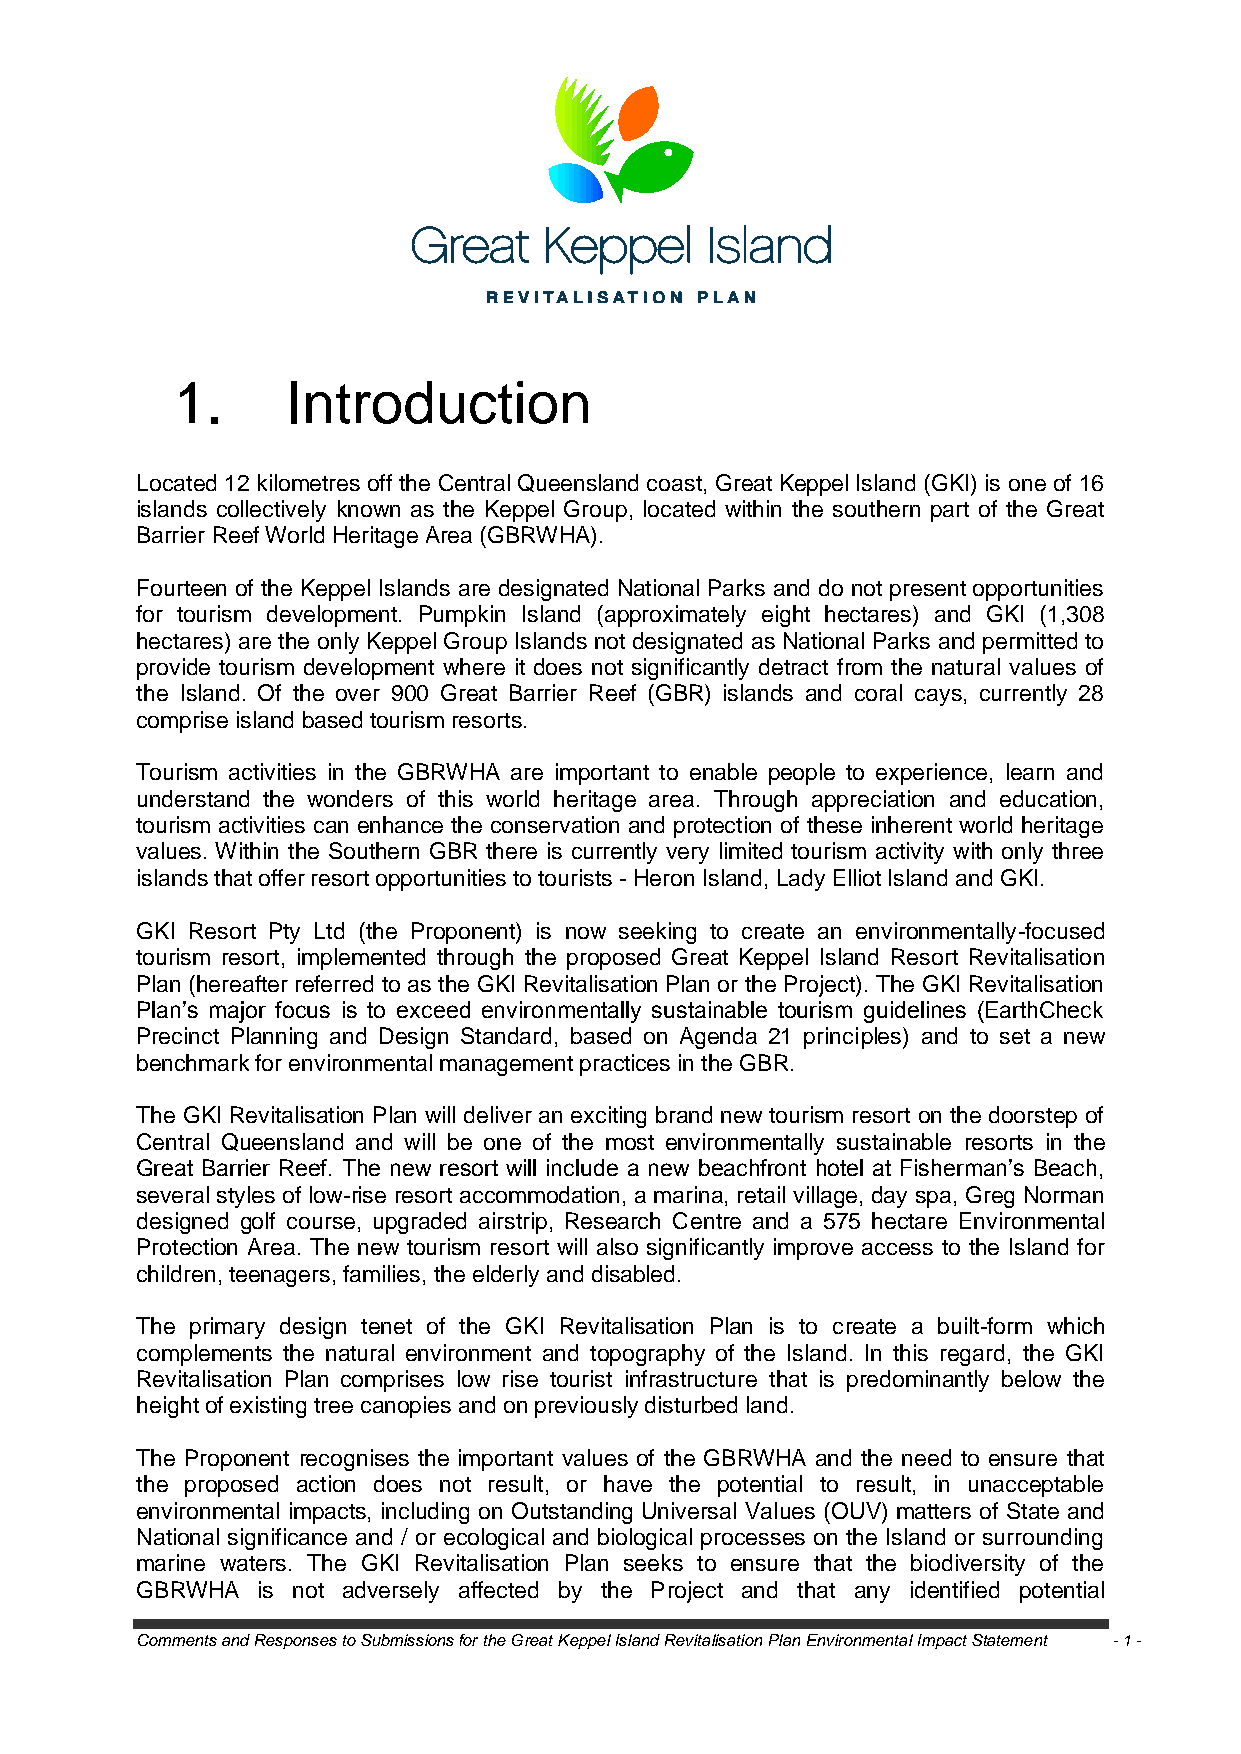
1.      Introduction
 Located 12 kilometres off the Central Queensland coast, Great Keppel Island (GKI) is one of 16
 islands collectively known as the Keppel Group, located within the southern part of the Great
 Barrier Reef World Heritage Area (GBRWHA).
 Fourteen of the Keppel Islands are designated National Parks and do not present opportunities
 for tourism development. Pumpkin Island (approximately eight hectares) and GKI (1,308
 hectares) are the only Keppel Group Islands not designated as National Parks and permitted to
 provide tourism development where it does not significantly detract from the natural values of
 the Island. Of the over 900 Great Barrier Reef (GBR) islands and coral cays, currently 28
 comprise island based tourism resorts.
 Tourism activities in the GBRWHA are important to enable people to experience, learn and
 understand the wonders of this world heritage area. Through appreciation and education,
 tourism activities can enhance the conservation and protection of these inherent world heritage
 values. Within the Southern GBR there is currently very limited tourism activity with only three
 islands that offer resort opportunities to tourists - Heron Island, Lady Elliot Island and GKI.
 GKI Resort Pty Ltd (the Proponent) is now seeking to create an environmentally-focused
 tourism resort, implemented through the proposed Great Keppel Island Resort Revitalisation
 Plan (hereafter referred to as the GKI Revitalisation Plan or the Project). The GKI Revitalisation
 Plan‘s major focus is to exceed environmentally sustainable tourism guidelines (EarthCheck
 Precinct Planning and Design Standard, based on Agenda 21 principles) and to set a new
 benchmark for environmental management practices in the GBR.
 The GKI Revitalisation Plan will deliver an exciting brand new tourism resort on the doorstep of
 Central Queensland and will be one of the most environmentally sustainable resorts in the
 Great Barrier Reef. The new resort will include a new beachfront hotel at Fisherman‘s Beach,
 several styles of low-rise resort accommodation, a marina, retail village, day spa, Greg Norman
 designed golf course, upgraded airstrip, Research Centre and a 575 hectare Environmental
 Protection Area. The new tourism resort will also significantly improve access to the Island for
 children, teenagers, families, the elderly and disabled.
 The primary design tenet of the GKI Revitalisation Plan is to create a built-form which
 complements the natural environment and topography of the Island. In this regard, the GKI
 Revitalisation Plan comprises low rise tourist infrastructure that is predominantly below the
 height of existing tree canopies and on previously disturbed land.
 The Proponent recognises the important values of the GBRWHA and the need to ensure that
 the proposed action does not result, or have the potential to result, in unacceptable
 environmental impacts, including on Outstanding Universal Values (OUV) matters of State and
 National significance and / or ecological and biological processes on the Island or surrounding
 marine waters. The GKI Revitalisation Plan seeks to ensure that the biodiversity of the
 GBRWHA  is not adversely affected by the Project and that any identified potential
 Comments and Responses to Submissions for the Great Keppel Island Revitalisation Plan Environmental Impact Statement - 1 -